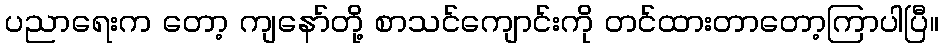
ပညာရေးက တော့ ကျနော်တို့ စာသင်ကျောင်းကို တင်ထားတာတော့ကြာပါပြီ။